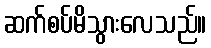
ဆက်စပ်မိသွားလေသည်။